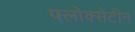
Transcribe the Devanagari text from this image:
फ्लोक्सेटीन